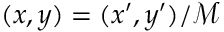
( x , y ) = ( x ^ { \prime } , y ^ { \prime } ) / \mathcal { M }